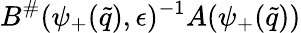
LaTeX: B^{\# }(\psi_{+}(\tilde{q}),\epsilon)^{-1}A(\psi_{+}(\tilde{q}))